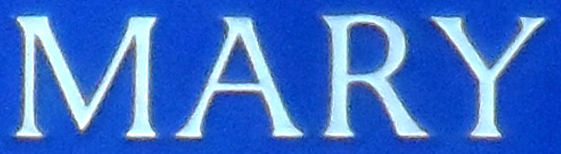
MARY